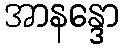
အာနန္ဒော